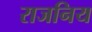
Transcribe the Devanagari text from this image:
राजनिय